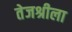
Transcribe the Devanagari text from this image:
तेजश्रीला